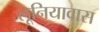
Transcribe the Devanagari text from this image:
लूनियावास